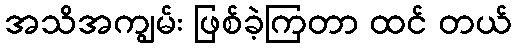
အသိအကျွမ်း ဖြစ်ခဲ့ကြတာ ထင် တယ်